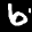
Label: 6